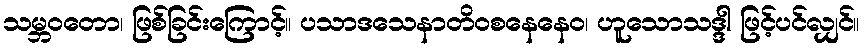
သမ္ဘဝတော၊ ဖြစ်ခြင်းကြောင့်။ ပသာဒသေနာတိဝစနေနေဝ၊ ဟူသောသဒ္ဒါ ဖြင့်ပင်လျှင်။